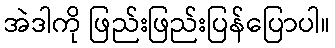
အဲဒါကို ဖြည်းဖြည်းပြန်ပြောပါ။